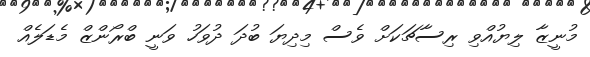
މުނީޒާ ލިޔުއްވި ރިސާޗަކަށް ވެސް މިދިޔަ ބުދަ ދުވަހު ވަނީ ބްރޯންޒް މެޑަލެއް